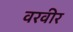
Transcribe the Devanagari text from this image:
वरवीर